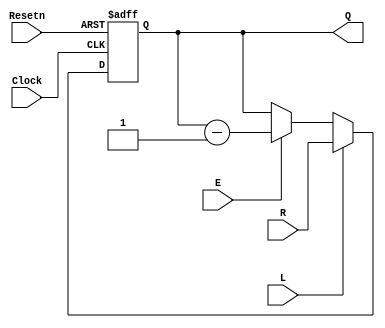
module downcount (R, Resetn, Clock, E, L, Q);
parameter n = 8;
input [n-1:0] R;
input Resetn, Clock, L, E;
output reg [n-1:0] Q;

always @(negedge Resetn or posedge Clock)
if(!Resetn)
Q <= 0;

else if(L) begin
Q <= R;
end

else begin
if(E) Q <= Q - 1;
end

endmodule